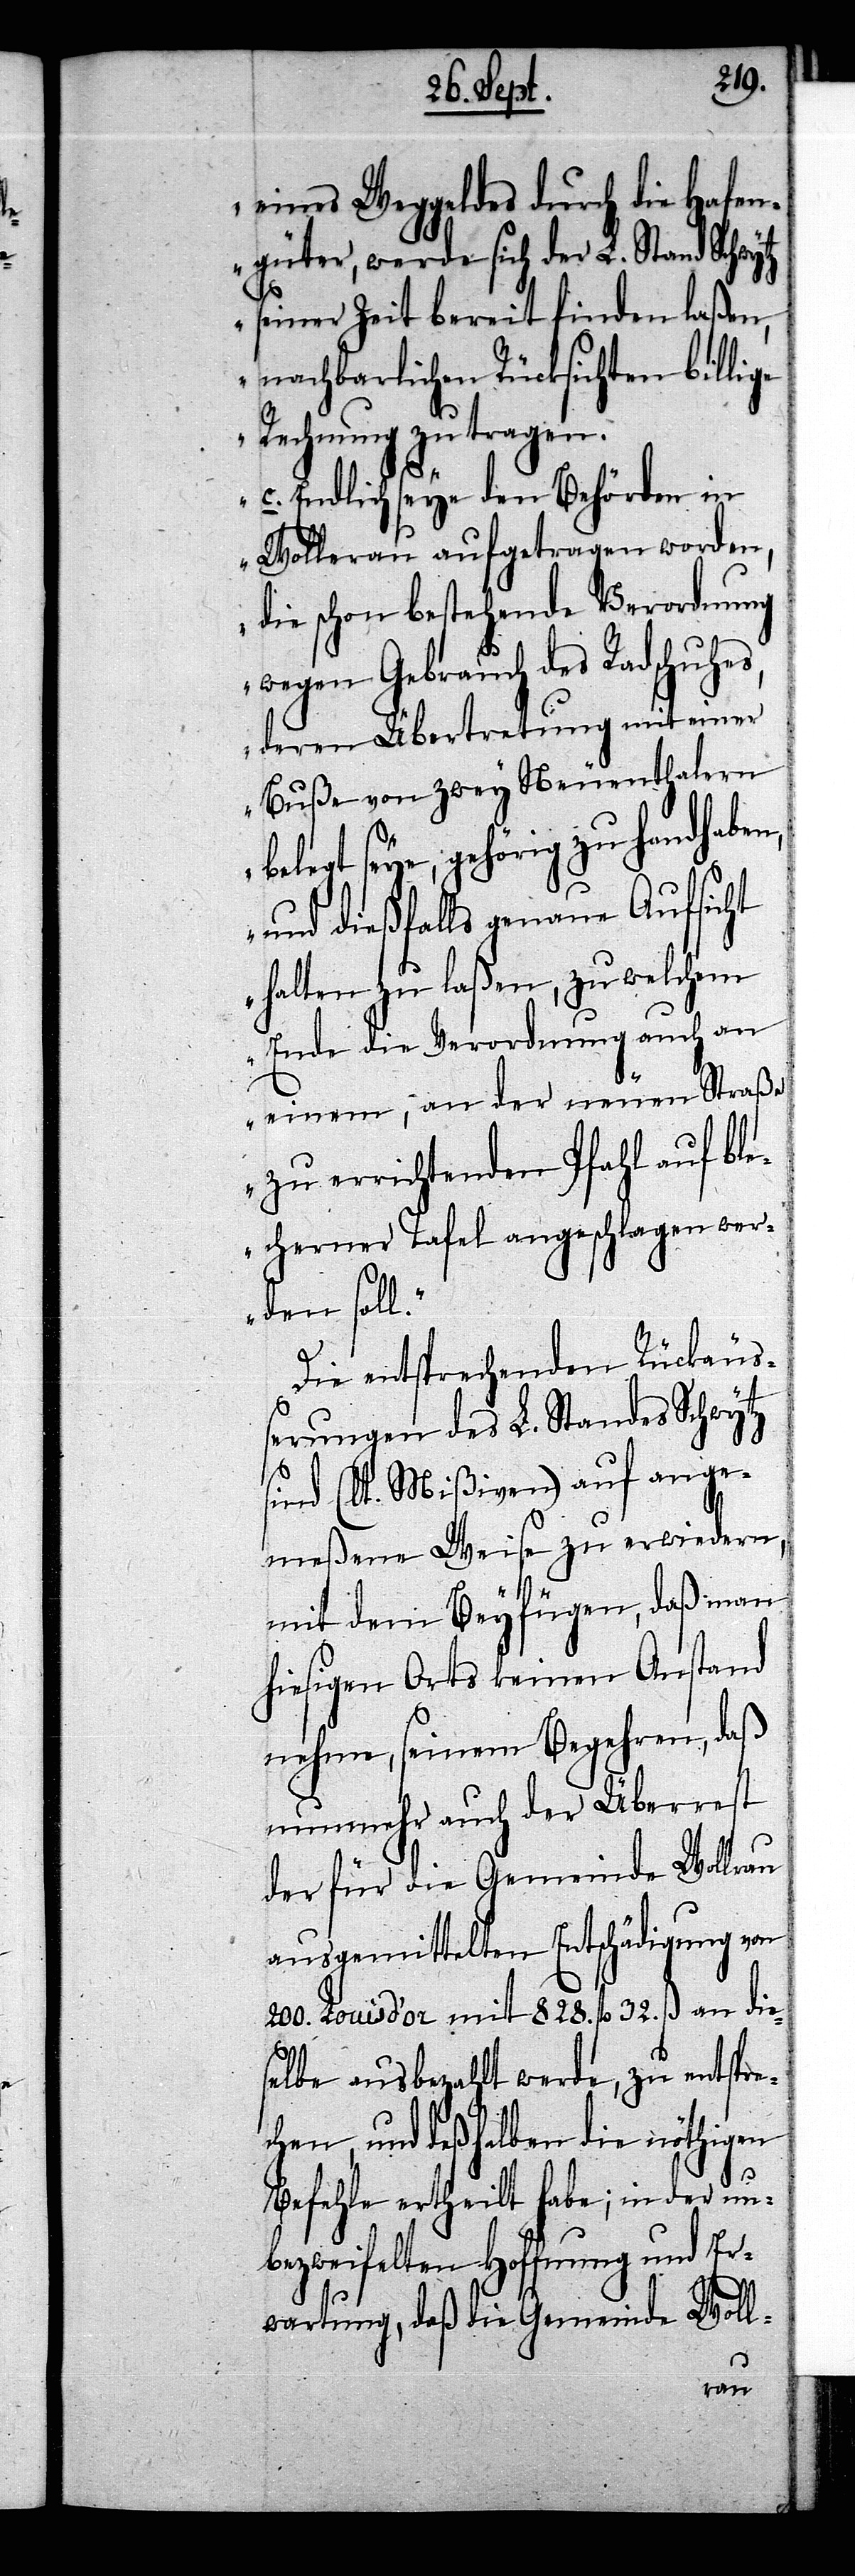
eines Weggeldes durch die Hafen¬
güter, werde sich der L. Stand Schwytz
seiner Zeit bereit finden laßen,
nachbarlichen Rücksichten billige
Rechnung zu tragen.
c. Endlich seye den Behörden in
Wollerau aufgetragen worden,
die schon bestehende Verordnung
wegen Gebrauch des Radschuhes,
deren Übertretung mit einer
Buße von zwey Neuenthalern
belegt seye, gehörig zu handhabe¬
und dießfalls genaue Aufsicht
halten zu laßen, zu welchem
Ende die Verordnung auch an
einem, an der neuen Straße
zu errichtenden Pfahl auf bl¬
echerner Tafel angeschlagen werden
Die entsprechenden Rückäu¬
ßerungen des L. Standes Schwytz
sind (lt. Mißiven) auf ange¬
meßene Weise zu erwiedern,
mit dem Beyfügen, daß man
hiesigen Orts keinen Anstand
nehme, seinem Begehren, daß
nunmehr auch der Überrest
der für die Gemeinde Wollrau
ausgemittelten Entschädigung von
200. Louis d’or mit 828. fl 32. ß an die¬
selbe ausbezahlt werde, zu entspre¬
chen, und deßhalben die nöthigen
Befehle ertheilt habe; in der un¬
bezweifelten Hoffnung und Er¬
wartung, daß die Gemeinde Woll-
n,